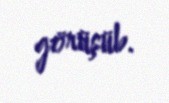
görüşüb.